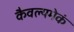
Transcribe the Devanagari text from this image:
कैवल्यमेकं